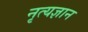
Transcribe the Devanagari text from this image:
नृत्यज्ञान